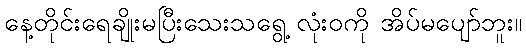
နေ့တိုင်းရေချိုးမပြီးသေးသရွေ့ လုံးဝကို အိပ်မပျော်ဘူး။